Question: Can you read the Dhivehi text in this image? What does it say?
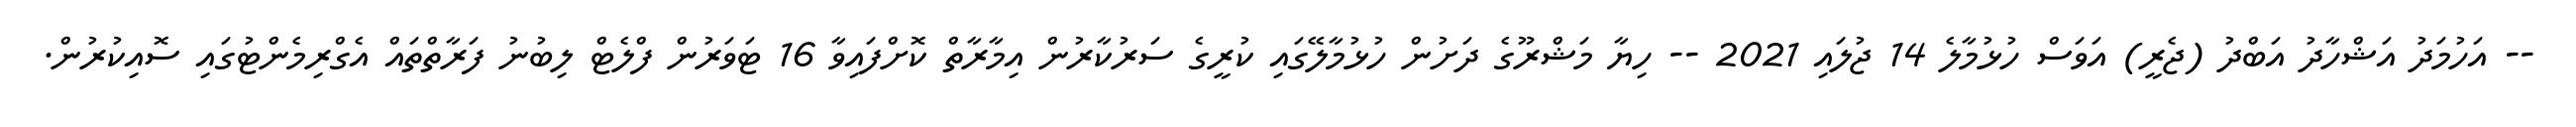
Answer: -- އަހުމަދު އަޝްހާދު އަބްދު (ޖެރީ) އަވަސް ހުޅުމާލެ 14 ޖުލައި 2021 -- ހިޔާ މަޝްރޫގެ ދަށުން ހުޅުމާލޭގައި ކުރީގެ ސަރުކާރުން އިމާރާތް ކޮށްފައިވާ 16 ޓަވަރުން ފްލެޓް ލިބުނު ފަރާތްތައް އެގްރިމެންޓުގައި ސޮއިކުރުން.